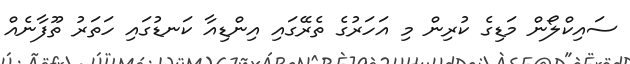
ސައިކްލޯން މަޑިގެ ކުރިން މި އަހަރުގެ ތެރޭގައި އިންޑިއާ ކަނޑުގައި ހަތަރު ތޫފާނެއް